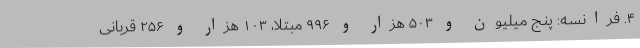
۴. فرانسه: پنج میلیون و ۵۰۳ هزار و ۹۹۶ مبتلا، ۱۰۳ هزار و ۲۵۶ قربانی